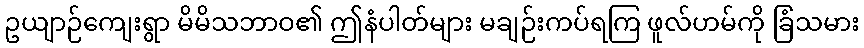
ဥယျာဉ်ကျေးရွာ မိမိသဘာဝ၏ ဤနံပါတ်များ မချဉ်းကပ်ရကြ ဖူလ်ဟမ်ကို ခြံသမား